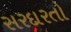
સરદારતો